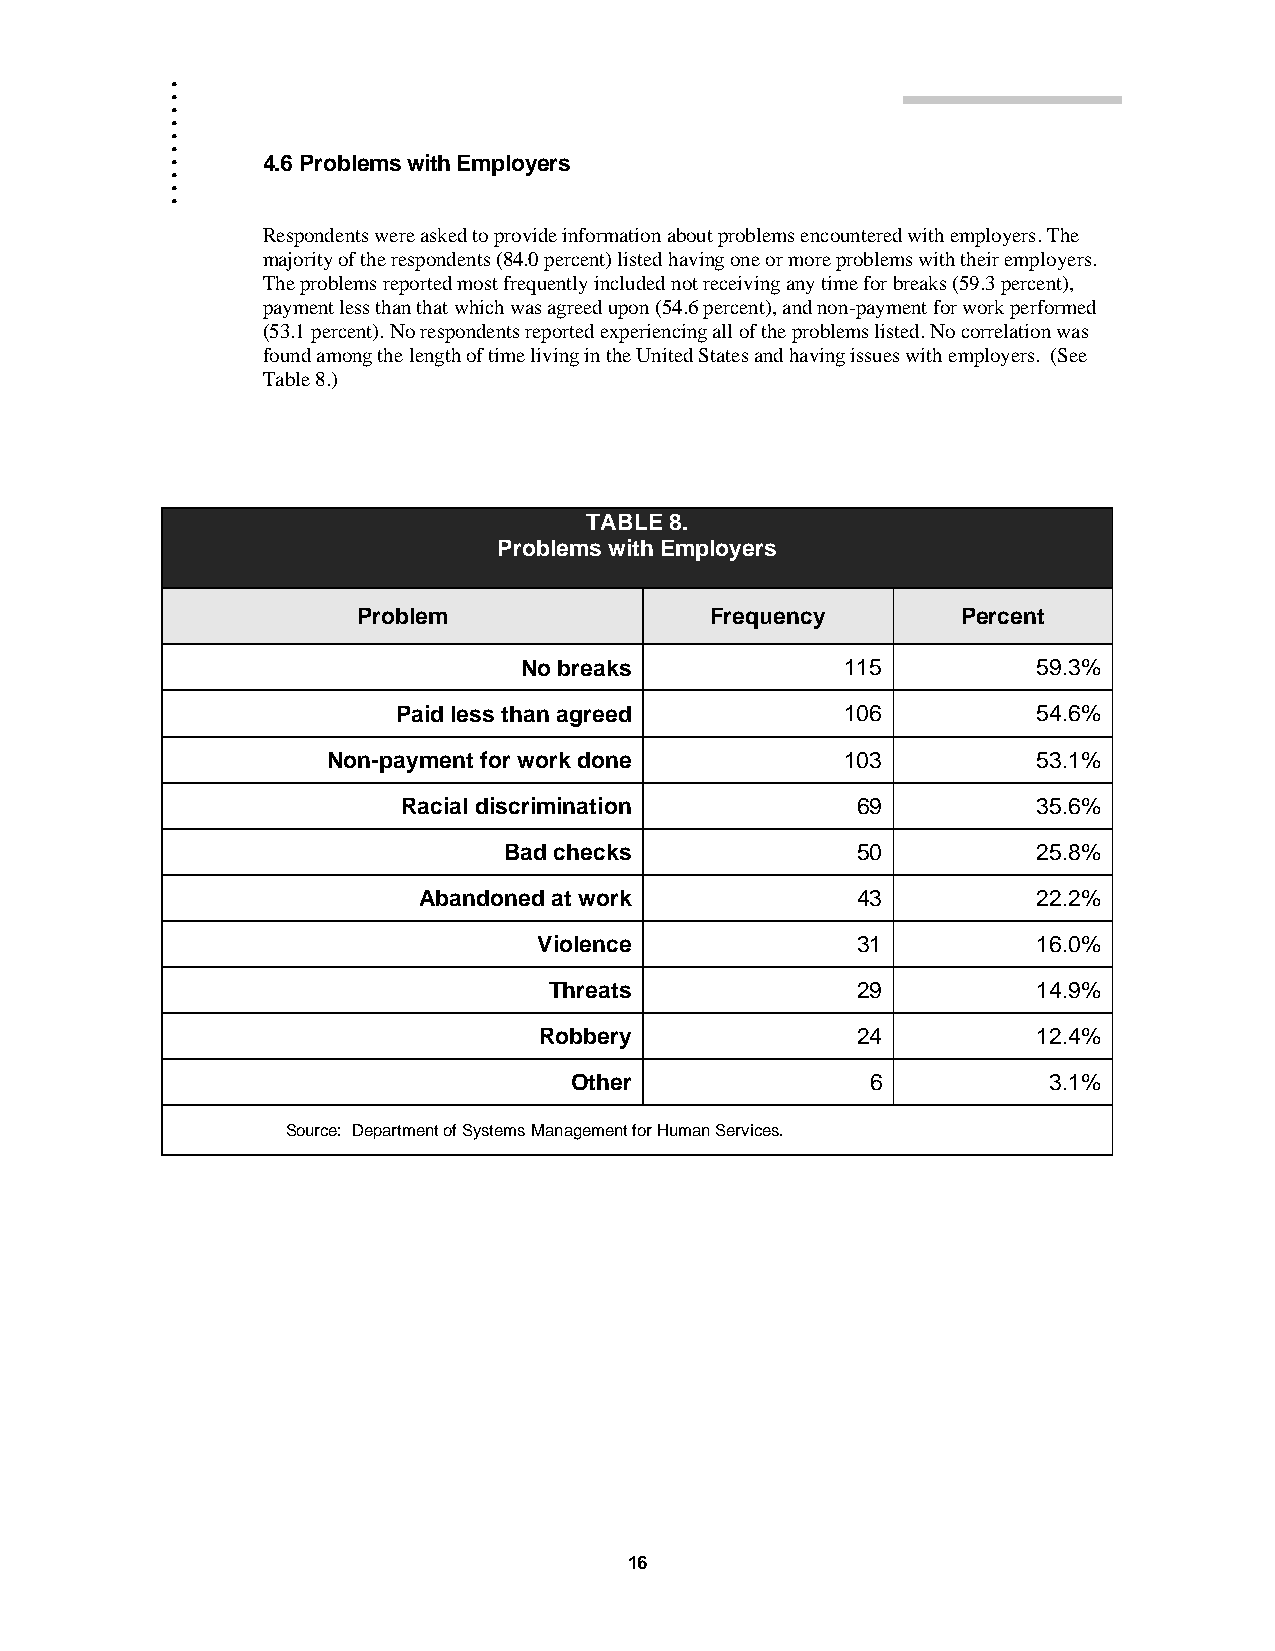
.
 .
 .
 .
 .
 .
 .
 .
 .     4.6 Problems with Employers
 .
 Respondents were asked to provide information about problems encountered with employers. The
 majority of the respondents (84.0 percent) listed having one or more problems with their employers.
 The problems reported most frequently included not receiving any time for breaks (59.3 percent),
 payment less than that which was agreed upon (54.6 percent), and non-payment for work performed
 (53.1 percent). No respondents reported experiencing all of the problems listed. No correlation was
 found among the length of time living in the United States and having issues with employers. (See
 Table 8.)
 TABLE 8.
 Problems with Employers
 Problem                Frequency        Percent
 No breaks             115          59.3%
 Paid less than agreed         106          54.6%
 Non-payment for work done         103          53.1%
 Racial discrimination         69          35.6%
 Bad checks              50          25.8%
 Abandoned at work            43          22.2%
 Violence             31          16.0%
 Threats              29          14.9%
 Robbery              24          12.4%
 Other               6          3.1%
 Source: Department of Systems Management for Human Services.
 16